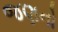
જણનો